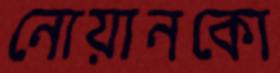
নোয়ানকো